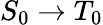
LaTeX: S_{0}\rightarrow T_{0}